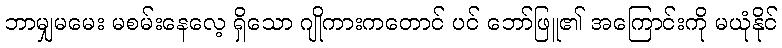
ဘာမျှမမေး မစမ်းနေလေ့ ရှိသော ဂျိုကားကတောင် ပင် ဘော်ဖြူ၏ အကြောင်းကို မယုံနိုင်